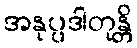
အနုပ္ပဒါတုန္တိ